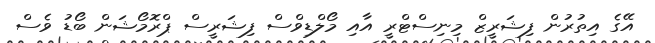
އޭގެ އިތުރުން ފިޝަރީޒް މިނިސްޓްރީ އާއި މޯލްޑިވްސް ފިޝަރީސް ޕްރޮމޯޝަން ބޯޑު ވެސް